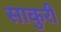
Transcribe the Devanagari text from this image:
साकुरी